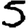
Digit: 5